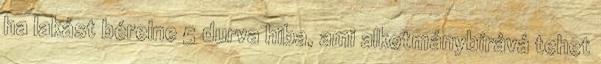
ha lakást bérelne 5 durva hiba, ami alkotmánybírává tehet